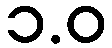
၁.ဝ